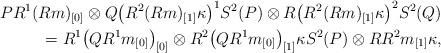
LaTeX: \begin{align*} PR^1(Rm)_{[0]} \otimes Q\big(R^2(Rm)_{[1]} \kappa \big)^1S^2(P) \otimes R \big(R^2(Rm)_{[1]} \kappa \big)^2 S^2(Q)\\\qquad{} =R^1 \big(QR^1m_{[0]}\big)_{[0]} \otimes R^2 \big(QR^1m_{[0]}\big)_{[1]} \kappa S^2(P) \otimes RR^2m_{[1]} \kappa, \end{align*}